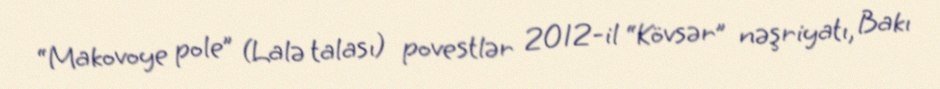
“Makovoye pole” (Lalə talası) povestlər 2012-il “Kövsər” nəşriyatı, Bakı